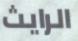
الرايث